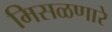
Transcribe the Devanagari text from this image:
मिसळणारे